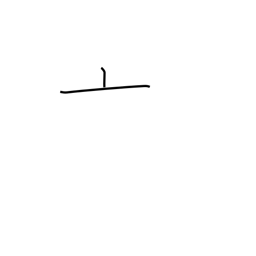
Meaning: kettle lid radical (no. 8)